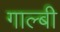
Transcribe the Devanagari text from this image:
गाल्बी